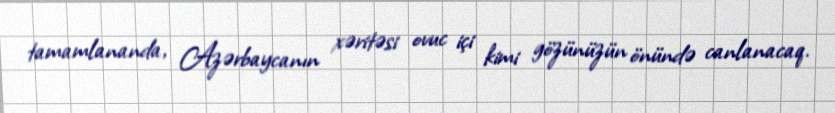
tamamlananda, Azərbaycanın xəritəsi ovuc içi kimi gözünüzün önündə canlanacaq.